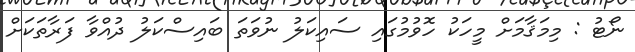
ނޯޓު : މިމަޤާމަށް މީހަކު ހޮވުމުގައި ސައިކަލު ނުވަތަ ބައިސްކަލު ދުއްވާ ފަރާތަކަށް